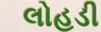
લોહડી